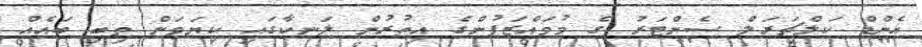
އެންޑް ކަލްޗަރަލް ސެންޓަރު ގެ މުވައްޒަފުންގެ އިތުރުން ލަނކާގައި ކިޔަވަން ތިބި ބައެއް